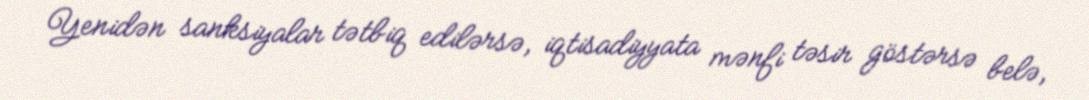
Yenidən sanksiyalar tətbiq edilərsə, iqtisadiyyata mənfi təsir göstərsə belə,